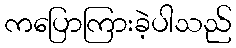
ကပြောကြားခဲ့ပါသည်